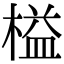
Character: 榏